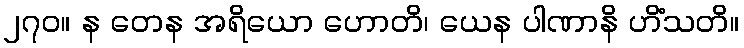
၂၇၀။ န တေန အရိယော ဟောတိ၊ ယေန ပါဏာနိ ဟိံသတိ။